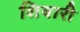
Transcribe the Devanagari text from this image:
शियारी